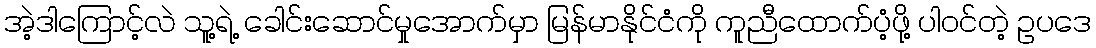
အဲ့ဒါကြောင့်လဲ သူ့ရဲ့ ခေါင်းဆောင်မှုအောက်မှာ မြန်မာနိုင်ငံကို ကူညီထောက်ပံ့ဖို့ ပါဝင်တဲ့ ဥပဒေ